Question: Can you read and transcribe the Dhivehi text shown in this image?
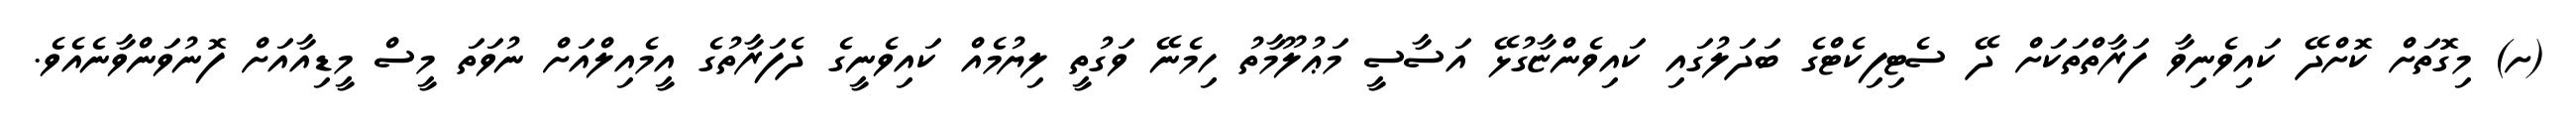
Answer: (ށ) މިގޮތަށް ކޮށްދޭ ކައިވެނިވާ ފަރާތްތަކަށް ދޭ ސެޓިފިކެޓްގެ ބަދަލުގައި ކައިވެންޏާގުޅޭ އަސާސީ މަޢުލޫމާތު ހިމެނޭ ވަގުތީ ލިޔުމެއް ކައިވެނީގެ ދެފަރާތުގެ އީމެއިލްއަށް ނުވަތަ މީސް މީޑިއާއަށް ފޮނުވަންވާނެއެވެ.